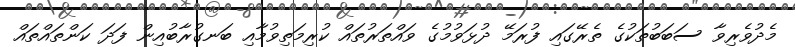
މެދުވެރިވާ ސަބަބުތަކުގެ ތެރޭގައި ފުރަމޭ ދުޅަވުމުގެ ވައްތަރުތައް ކުރިމަތިވުމާއި ބަނގުރާބުއިން ފަދަ ކަންތައްތައް